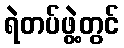
ရဲတပ်ဖွဲ့တွင်